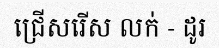
ជ្រើសរើស លក់ - ដូរ